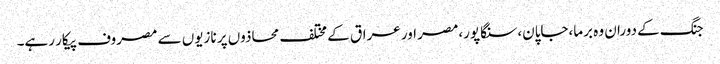
جنگ کے دوران وہ برما،جاپان،سنگاپور،مصر اور عراق کے مختلف محاذوں پر نازیوں سے مصروف پیکار رہے۔